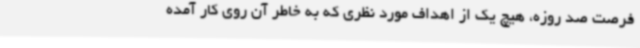
فرصت صد روزه، هیچ یک از اهداف مورد نظری که به خاطر آن روی کار آمده